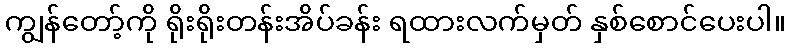
ကျွန်တော့်ကို ရိုးရိုးတန်းအိပ်ခန်း ရထားလက်မှတ် နှစ်စောင်ပေးပါ။